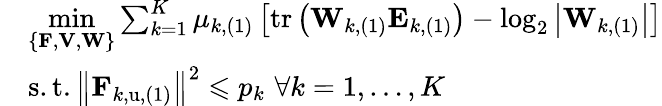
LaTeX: \begin{array}{rl}&{\underset{\left\{ \mathbf{F},\mathbf{V},\mathbf{W}\right\} }{\operatorname*{min}}\sum_{k=1}^{K}{\mu_{k,(1)}\left[\mathrm{tr}\left(\mathbf{W}_{k,(1)}\mathbf{E}_{k,(1)}\right)-\log_{2}\left|\mathbf{W}_{k,(1)}\right|\right]}}\\ &{\mathrm{s}.\mathrm{t}.\left\| \mathbf{F}_{k,\mathrm{u},(1)}\right\| ^{2}\leqslant p_{k}\, \, \forall k=1,\dots,K}\end{array}